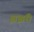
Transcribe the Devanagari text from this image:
झझंरी